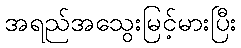
အရည်အသွေးမြင့်မားပြီး